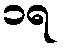
၁ရ